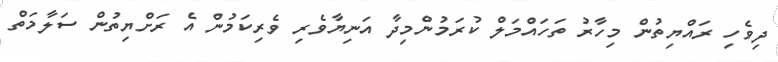
ދިވެހި ރައްޔިތުން މިހާރު ތަހައްމަލް ކުރަމުންމިދާ އަނިޔާވެރި ވެރިކަމުން އެ ރަށްޔިތުން ސަލާމަތް